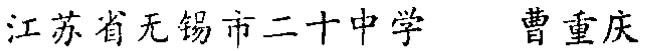
江苏省无锡市二十中学 曹重庆